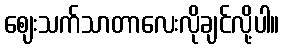
ဈေးသက်သာတာလေးလိုချင်လို့ပါ။